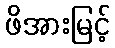
ဖိအားမြင့်